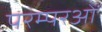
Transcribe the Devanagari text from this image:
परम्परओं